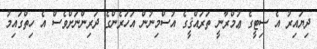
ދިޔައިރު އެ ސިޓީގެ ޢުމްރާނީ ތަރައްޤީގެ އުސްމިނުން އަހަރެންގެ ދަރިންނަށްވެސް އެ ހިތްގައިމު